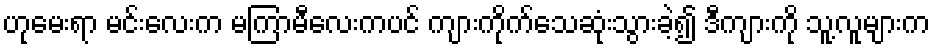
ဟုမေးရာ မင်းလေးက မကြာမီလေးကပင် ကျားကိုက်သေဆုံးသွားခဲ့၍ ဒီကျားကို သူ့လူများက